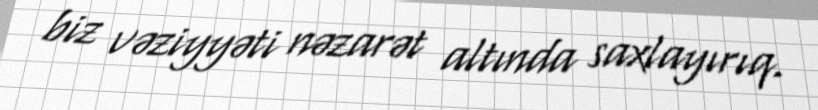
biz vəziyyəti nəzarət altında saxlayırıq.